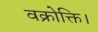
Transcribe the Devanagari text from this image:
वक्रोक्ति।